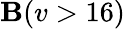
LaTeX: \mathbf{B}(v>16)